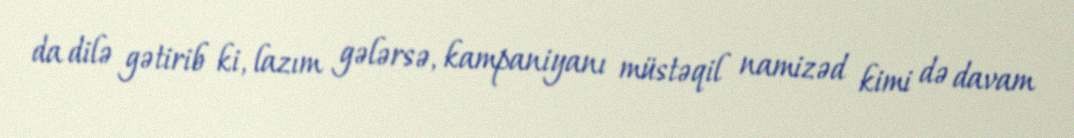
da dilə gətirib ki, lazım gələrsə, kampaniyanı müstəqil namizəd kimi də davam